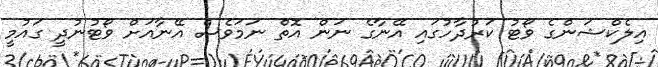
އިލެކްޝަންގެ ވޯޓު ކަރުދާހުގައި އޭނާގެ ނަން އޮތް ނަމަވެސް އޭނާއަށް ވޯޓުނުދީ ގައުމީ